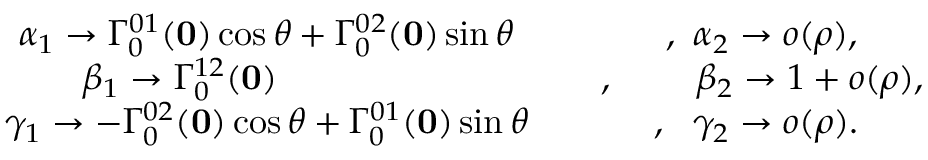
\begin{array} { c c c } { { } } & { { \alpha _ { 1 } \to \Gamma _ { 0 } ^ { 0 1 } ( { \bf 0 } ) \cos \theta + \Gamma _ { 0 } ^ { 0 2 } ( { \bf 0 } ) \sin \theta } } & { { \ \ \ , \ \alpha _ { 2 } \to o ( \rho ) , } } \\ { { } } & { { \beta _ { 1 } \to \Gamma _ { 0 } ^ { 1 2 } ( { \bf 0 } ) \phantom { \cos \theta + c _ { 2 } s i } } } & { { \ \ \ , \ \ \ \ \phantom { a a } \beta _ { 2 } \to 1 + o ( \rho ) , } } \\ { { } } & { { \gamma _ { 1 } \to - \Gamma _ { 0 } ^ { 0 2 } ( { \bf 0 } ) \cos \theta + \Gamma _ { 0 } ^ { 0 1 } ( { \bf 0 } ) \sin \theta } } & { { \ \ , \ \ \gamma _ { 2 } \to o ( \rho ) . } } \end{array}